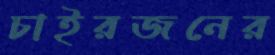
চাইরজনের